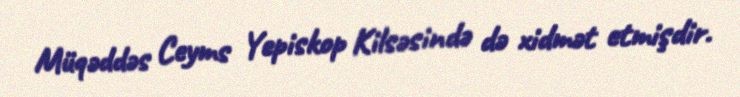
Müqəddəs Ceyms Yepiskop Kilsəsində də xidmət etmişdir.